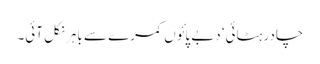
چادر ہٹائی‘ دبے پائوں کمرے سے باہر نکل آئی۔